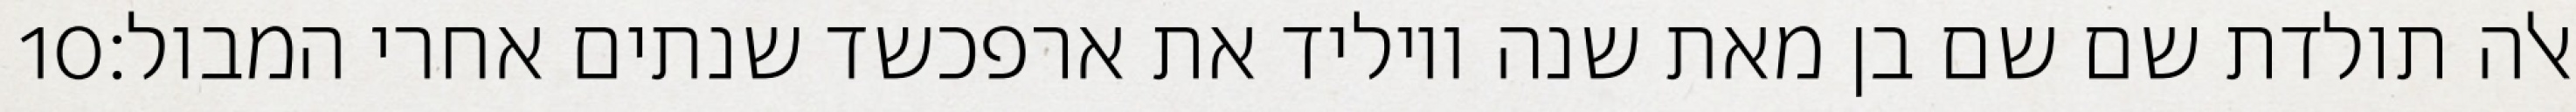
‎10‏ אלה תולדת שם שם בן מאת שנה ויוליד את ארפכשד שנתים אחרי המבול׃